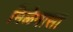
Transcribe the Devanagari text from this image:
मिळेनासा